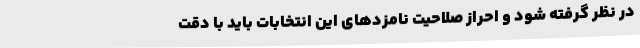
در نظر گرفته شود و احراز صلاحیت نامزد‌های این انتخابات باید با دقت